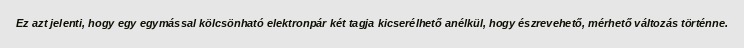
Ez azt jelenti, hogy egy egymással kölcsönható elektronpár két tagja kicserélhető anélkül, hogy észrevehető, mérhető változás történne.